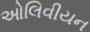
ઓલિવીયન